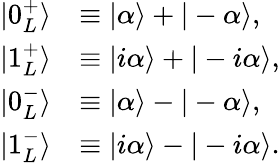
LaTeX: {\begin{array}{rl}{|0_{L}^{+}\rangle}&{\equiv|\alpha\rangle+|-\alpha\rangle,}\\ {|1_{L}^{+}\rangle}&{\equiv|i\alpha\rangle+|-i\alpha\rangle,}\\ {|0_{L}^{-}\rangle}&{\equiv|\alpha\rangle-|-\alpha\rangle,}\\ {|1_{L}^{-}\rangle}&{\equiv|i\alpha\rangle-|-i\alpha\rangle.}\end{array}}